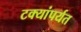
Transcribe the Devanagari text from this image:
टक्यांपर्यत